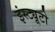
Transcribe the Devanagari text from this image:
इंस्ट्यूटो